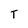
Character: T